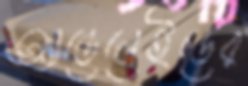
অ্যাডেলেইডের